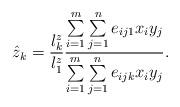
LaTeX: \begin{align*}\hat{z}_{k}=\frac{l_{k}^{z}}{l_{1}^{z}}\frac{\sum\limits_{i=1}^m \sum\limits_{j=1}^n {e_{ij1}x_{i}y_{j}} }{\sum\limits_{i=1}^m \sum\limits_{j=1}^n {e_{ijk}x_{i}y_{j}} }.\end{align*}